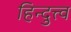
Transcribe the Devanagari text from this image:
हिन्दुत्त्व